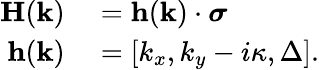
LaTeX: \begin{array}{rl}{\mathbf{H}(\mathbf{k})}&{{}={\mathbf{h}}(\mathbf{k})\cdot\boldsymbol{\sigma}}\\ {{\mathbf{h}}(\mathbf{k})}&{{}=[k_{x},k_{y}-i\kappa,\Delta].}\end{array}